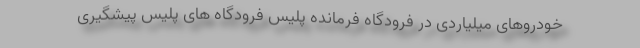
خودروهای میلیاردی در فرودگاه فرمانده پلیس فرودگاه های پلیس پیشگیری